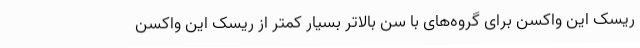
ریسک این واکسن برای گروه‌های با سن بالاتر بسیار کمتر از ریسک این واکسن